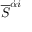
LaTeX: { \overline { { S } } } ^ { { \dot { \alpha } } i }